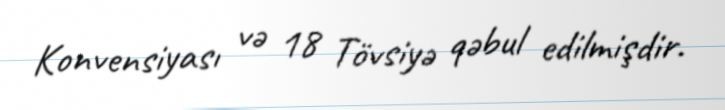
Konvensiyası və 18 Tövsiyə qəbul edilmişdir.